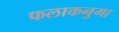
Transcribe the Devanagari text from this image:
फलाकनुमा